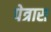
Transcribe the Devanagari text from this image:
पेत्रास